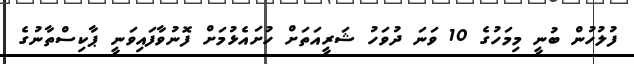
ފުލުހުން ބުނީ މިމަހުގެ 10 ވަނަ ދުވަހު ޝަރީއަތަށް ހުށައެޅުމަށް ފޮނުވާފައިވަނީ ޕާކިސްތާނުގެ